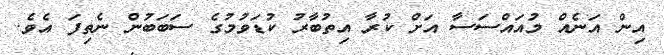
އިން އަނެއް މުއައްސަސާ އަށް ކުރާ އިތުބާރު ކުޑަވުމުގެ ސަބަބުން ނެތިފަ އެވެ.